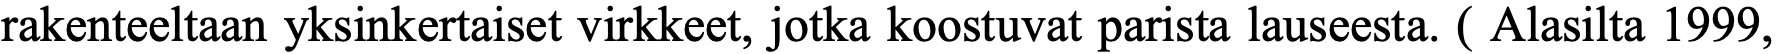
rakenteeltaan yksinkertaiset virkkeet, jotka koostuvat parista lauseesta. ( Alasilta 1999,